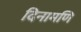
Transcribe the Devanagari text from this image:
दिनामणि